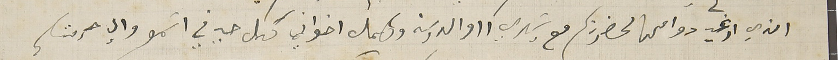
الذي ارغب دوامها لحضرتكم مع سَيدي ااوالدين وكامل اخواني كل حي في اسَمو وإلى حرمتكم